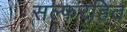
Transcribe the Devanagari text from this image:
सल्फरहित